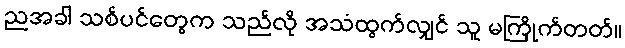
ညအခါ သစ်ပင်တွေက သည်လို အသံထွက်လျှင် သူ မကြိုက်တတ်။